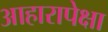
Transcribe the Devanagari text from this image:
आहारापेक्षा